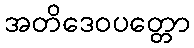
အတိဒေဝပတ္တော